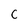
Character: C